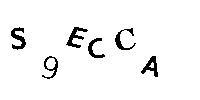
S9ECCA